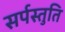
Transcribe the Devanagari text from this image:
सर्पस्तुति